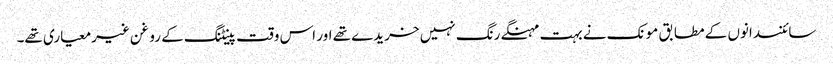
سائنسدانوں کے مطابق مونک نے بہت مہنگے رنگ نہیں خریدے تھے اور اس وقت پینٹنگ کے روغن غیرمعیاری تھے۔